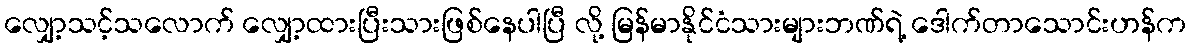
လျှော့သင့်သလောက် လျှော့ထားပြီးသားဖြစ်နေပါပြီ လို့ မြန်မာနိုင်ငံသားများဘဏ်ရဲ့ ဒေါက်တာသောင်းဟန်က